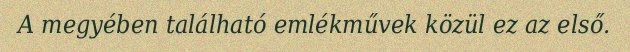
A megyében található emlékművek közül ez az első.